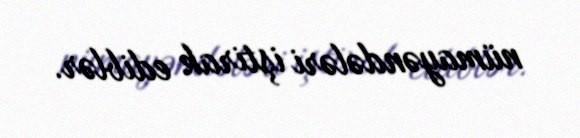
nümayəndələri iştirak ediblər.